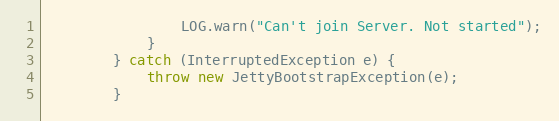
Language: Java
                LOG.warn("Can't join Server. Not started");
            }
        } catch (InterruptedException e) {
            throw new JettyBootstrapException(e);
        }